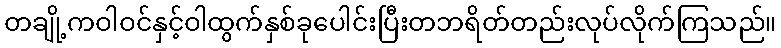
တချို့ကဝါဝင်နှင့်ဝါထွက်နှစ်ခုပေါင်းပြီးတဘရိတ်တည်းလုပ်လိုက်ကြသည်။